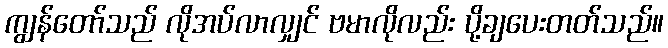
ကျွန်တော်သည် လိုအပ်လာလျှင် ဗမာလိုလည်း ပို့ချပေးတတ်သည်။